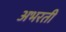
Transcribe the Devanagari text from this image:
अभरती